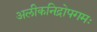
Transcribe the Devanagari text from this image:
अलीकनिद्रोपगमः